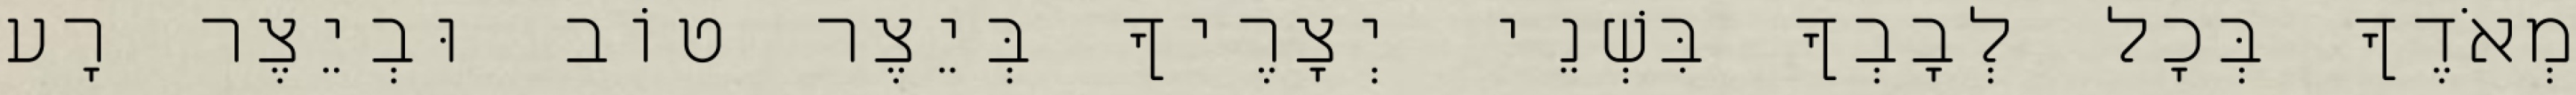
מְאֹדֶךָ בְּכָל לְבָבְךָ בִּשְׁנֵי יְצָרֶיךָ בְּיֵצֶר טוֹב וּבְיֵצֶר רָע